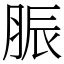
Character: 脤